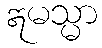
ဣမသ္မာ